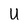
Character: U